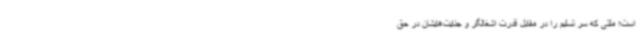
است؛ ملتی که سر تسلیم را در مقابل قدرت اشغالگر و جنایت‌هایشان در حق